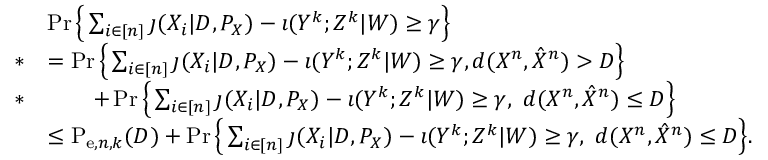
\begin{array} { r l } & { \operatorname* { P r } \Big \{ \sum _ { i \in [ n ] } \jmath ( X _ { i } | D , P _ { X } ) - \imath ( Y ^ { k } ; Z ^ { k } | W ) \geq \gamma \Big \} } \\ { * } & { = \operatorname* { P r } \Big \{ \sum _ { i \in [ n ] } \jmath ( X _ { i } | D , P _ { X } ) - \imath ( Y ^ { k } ; Z ^ { k } | W ) \geq \gamma , d ( X ^ { n } , \hat { X } ^ { n } ) > D \Big \} } \\ { * } & { \qquad + \operatorname* { P r } \Big \{ \sum _ { i \in [ n ] } \jmath ( X _ { i } | D , P _ { X } ) - \imath ( Y ^ { k } ; Z ^ { k } | W ) \geq \gamma , ~ d ( X ^ { n } , \hat { X } ^ { n } ) \leq D \Big \} } \\ & { \leq \mathrm { P } _ { \mathrm { e } , n , k } ( D ) + \operatorname* { P r } \Big \{ \sum _ { i \in [ n ] } \jmath ( X _ { i } | D , P _ { X } ) - \imath ( Y ^ { k } ; Z ^ { k } | W ) \geq \gamma , ~ d ( X ^ { n } , \hat { X } ^ { n } ) \leq D \Big \} . } \end{array}